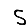
Digit: 5